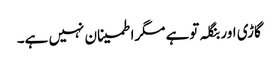
گاڑی اور بنگلہ توہے مگراطمینان نہیں ہے۔